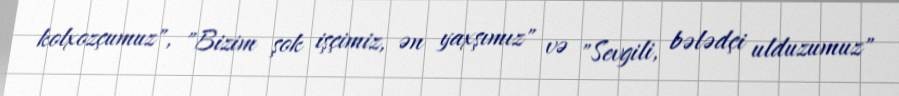
kolxozçumuz", "Bizim şok işçimiz, ən yaxşımız" və "Sevgili, bələdçi ulduzumuz"